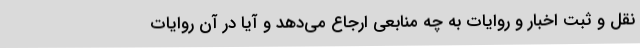
نقل و ثبت اخبار و روایات به چه منابعی ارجاع می‌دهد و آیا در آن روایات